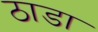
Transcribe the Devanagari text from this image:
ठाडा